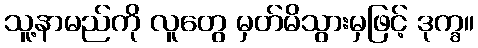
သူ့နာမည်ကို လူတွေ မှတ်မိသွားမှဖြင့် ဒုက္ခ။